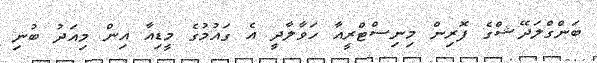
ބަންގްލަދޭޝްގެ ފޮރިން މިނިސްޓްރީއާ ހަވާލާދީ އެ ގައުމުގެ މީޑިއާ އިން މިއަދު ބުނި